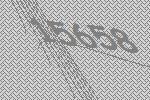
15658